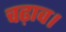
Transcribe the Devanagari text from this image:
चढ़ाव।